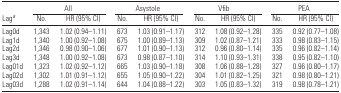
|  | <COLSPAN=2> All | <COLSPAN=2> Asystole | <COLSPAN=2> Vfib | <COLSPAN=2> PEA |
 | Laga | No. | HR (95% CI) | No. | HR (95% CI) | No. | HR (95% CI) | No. | HR (95% CI) |
 | --- | --- | --- | --- | --- | --- | --- | --- | --- |
 | Lag0d | 1,343 | 1.02 (0.94–1.11) | 673 | 1.03 (0.91–1.17) | 312 | 1.08 (0.92–1.28) | 335 | 0.92 (0.77–1.08) |
 | Lag1d | 1,340 | 1.00 (0.92–1.08) | 675 | 1.00 (0.89–1.13) | 309 | 1.02 (0.87–1.21) | 333 | 0.98 (0.83–1.15) |
 | Lag2d | 1,346 | 0.98 (0.90–1.06) | 677 | 1.01 (0.90–1.13) | 312 | 0.96 (0.80–1.14) | 335 | 0.96 (0.82–1.14) |
 | Lag3d | 1,348 | 1.00 (0.92–1.08) | 673 | 0.98 (0.87–1.10) | 314 | 1.10 (0.93–1.31) | 338 | 0.95 (0.82–1.10) |
 | Lag01d | 1,323 | 1.02 (0.92–1.12) | 665 | 1.03 (0.90–1.18) | 308 | 1.06 (0.88–1.28) | 327 | 0.96 (0.80–1.17) |
 | Lag02d | 1,302 | 1.01 (0.91–1.12) | 655 | 1.05 (0.90–1.22) | 304 | 1.01 (0.82–1.25) | 321 | 0.98 (0.80–1.21) |
 | Lag03d | 1,288 | 1.02 (0.91–1.14) | 644 | 1.04 (0.88–1.22) | 303 | 1.05 (0.83–1.32) | 319 | 0.98 (0.78–1.21) |